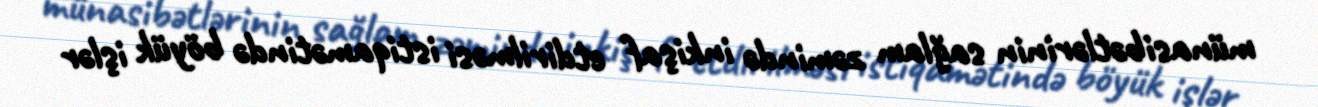
münasibətlərinin sağlam zəmində inkişaf etdirilməsi istiqamətində böyük işlər